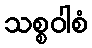
သစ္စဝါစံ